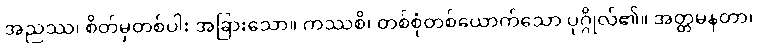
အညဿ၊ စိတ်မှတစ်ပါး အခြားသော။ ကဿစိ၊ တစ်စုံတစ်ယောက်သော ပုဂ္ဂိုလ်၏။ အတ္တမနတာ၊